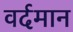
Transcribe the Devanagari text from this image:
वर्दमान